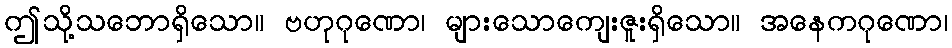
ဤသို့သဘောရှိသော။ ဗဟုဂုဏော၊ များသောကျေးဇူးရှိသော။ အနေကဂုဏော၊